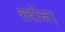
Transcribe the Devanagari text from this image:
सरोज।